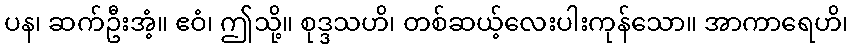
ပန၊ ဆက်ဦးအံ့။ ဧဝံ၊ ဤသို့။ စုဒ္ဒသဟိ၊ တစ်ဆယ့်လေးပါးကုန်သော။ အာကာရေဟိ၊